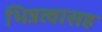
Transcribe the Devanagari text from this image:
भिन्नत्वासह